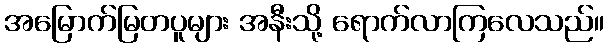
အမြောက်မြတပူများ အနီးသို့ ရောက်လာကြလေသည်။